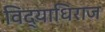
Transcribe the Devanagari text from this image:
विद्याधिराज